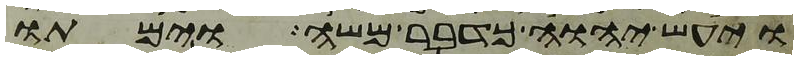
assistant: ויעש יהוה כדבר משה וימתו